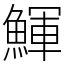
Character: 鯶